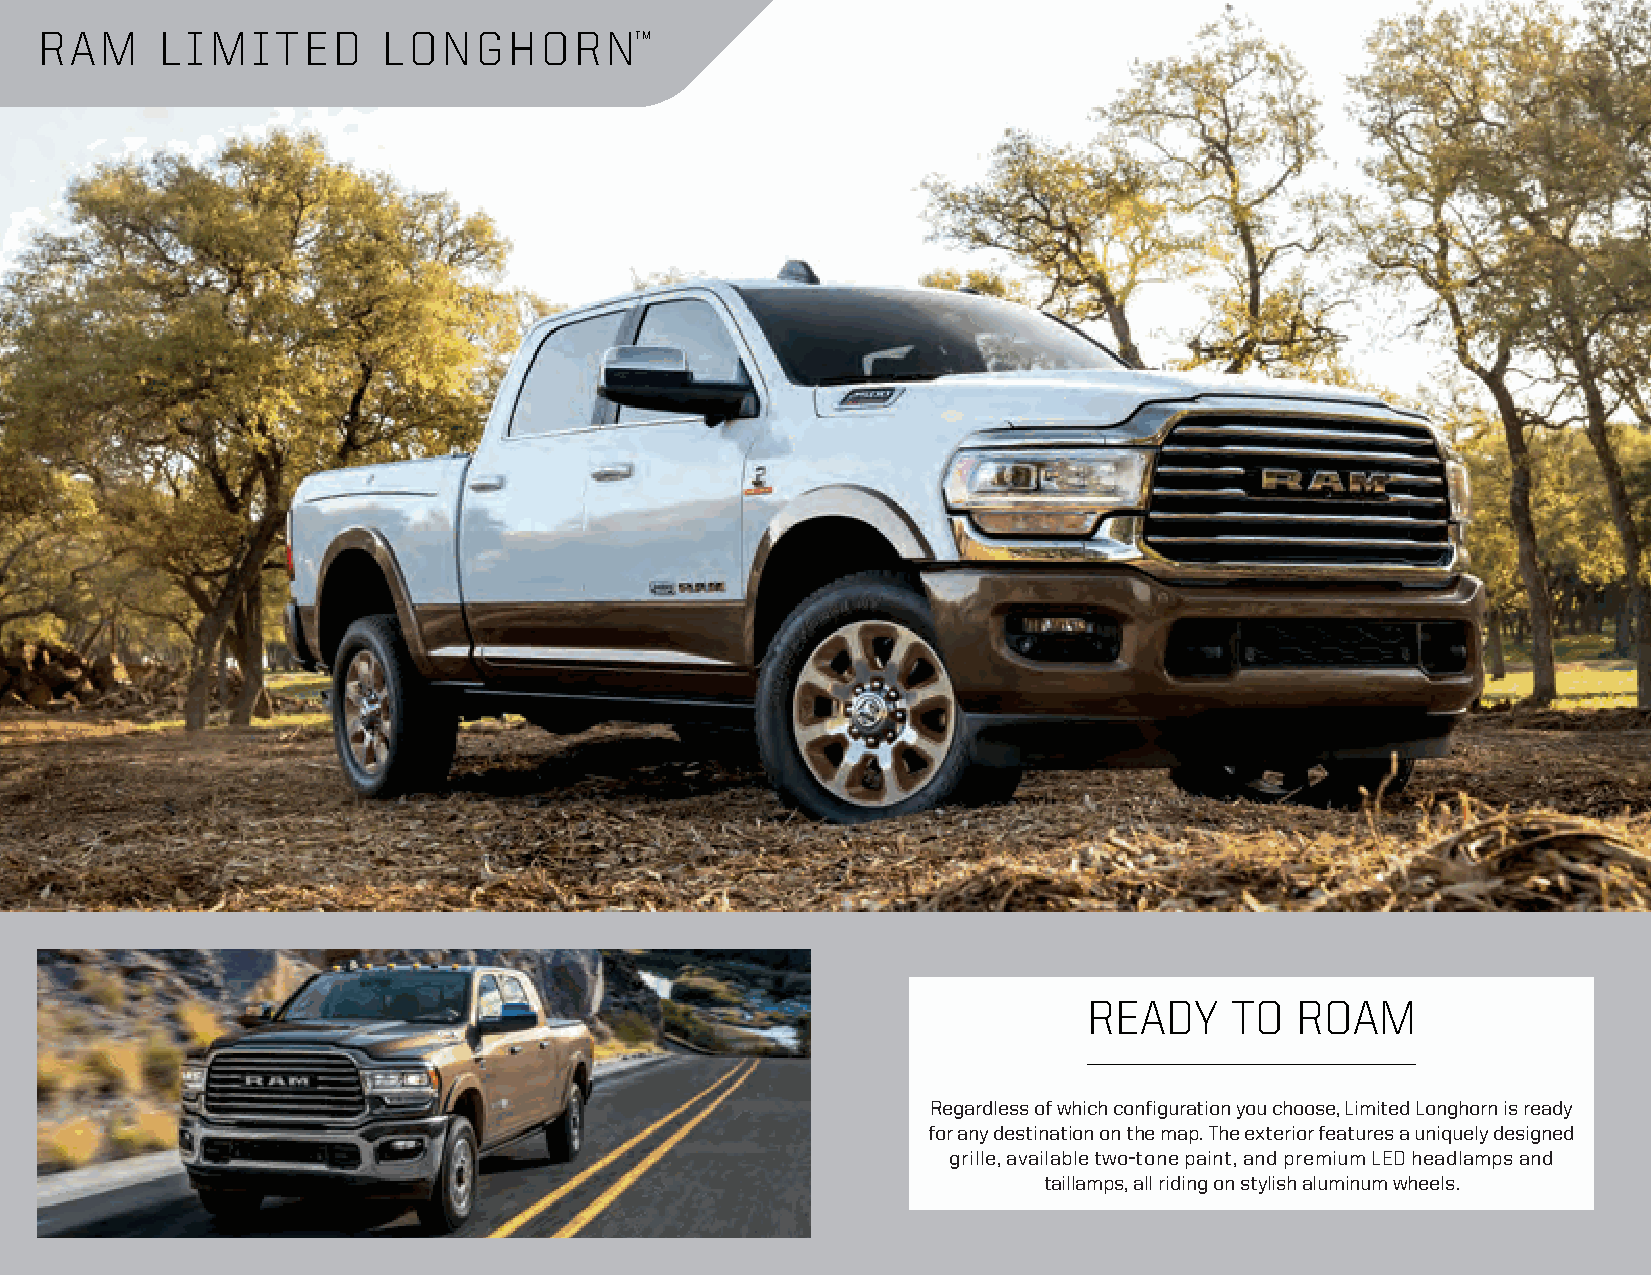
RAM      LIMITED       LONGHORNTM
 READY    TO   ROAM
 Regardless of which configuration you choose, Limited Longhorn is ready
 for any destination on the map. The exterior features a uniquely designed
 grille, available two-tone paint, and premium LED headlamps and
 taillamps, all riding on stylish aluminum wheels.